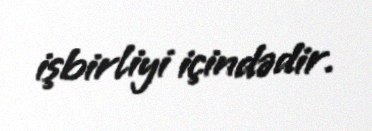
işbirliyi içindədir.